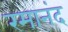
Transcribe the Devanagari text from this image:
रमानंद